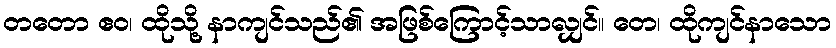
တတော ဧဝ၊ ထိုသို့ နာကျင်သည်၏ အဖြစ်ကြောင့်သာလျှင်။ တေ၊ ထိုကျင်နာသော